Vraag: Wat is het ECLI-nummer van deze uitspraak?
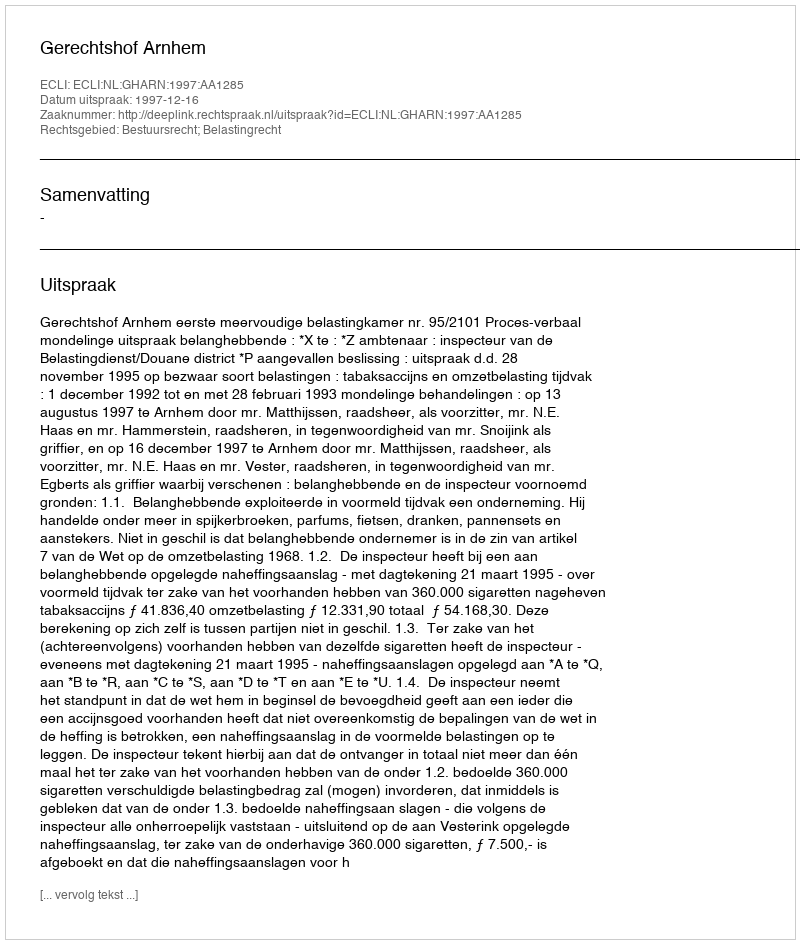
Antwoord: ECLI:NL:GHARN:1997:AA1285